Vaccination in the Punjab 1905-1918 - 1905-1918
Year: 1905
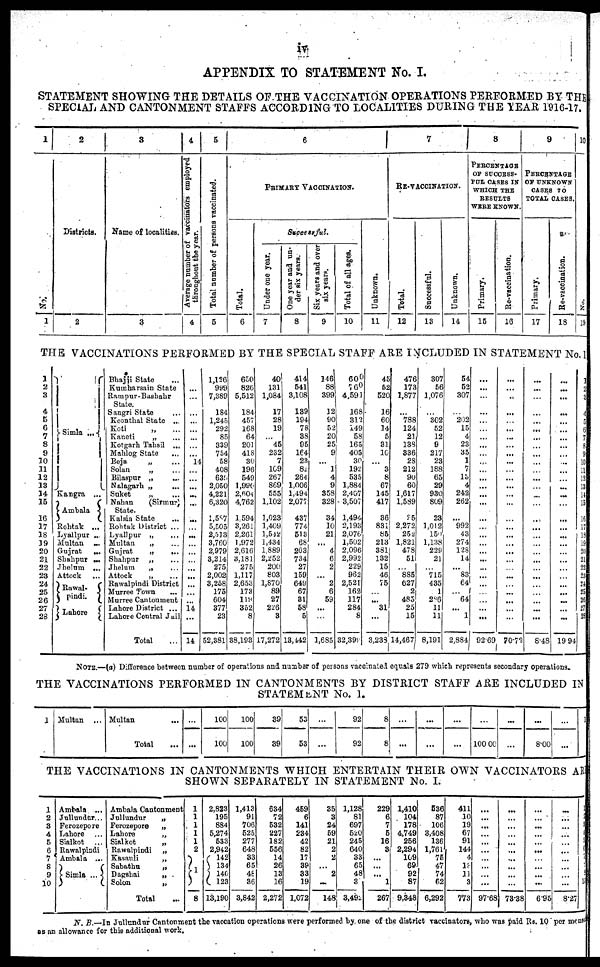
iv
APPENDIX TO STATEMENT No. I.
STATEMENT SHOWING THE DETAILS OF THE VACCINATION OPERATIONS PERFORMED BY THE
SPECIAL AND CANTONMENT STAFFS ACCORDING TO LOCALITIES DURING THE YEAR 1916-17.
1
No.
1
2
Districts.
2
3
Name of localities.
3
4
Average number of vaccinators employed
throughout the year.
4
5
Total number of persons vaccinated.
5
6
PRIMARY VACCINATION.
Total.
6
Successful.
Under one year.
7
One year and un-
der six years.
8
Six years and over
six years.
9
Total of all ages.
10
unknown.
11
7
RE-VACCINATION.
Total.
12
Successful.
13
Unknown.
14
8
PERCENTAGE
OF SUCCESS¬
FUL CASES TO
WHICH THE
RESULTS
WERE KNOWN.
Primary.
15
Re-vaccination.
16
9
PERCENTAGE
OF UNKNOWN
CASES TO
TOTAL CASES.
Primary.
17
Re-vaccination.
18
10
No.
19
THE VACCINATIONS PERFORMED BY THE SPECIAL STAFF ARE INCLUDED IN STATEMENT No.I
1
2
3
4
5
6
7
8
9
10
11
12
13
14
15
16
17
18
19
20
21
22
23
24
25
26
27
28
Simla
...
Kangra ...
Ambala ...
Rohtak ...
Lyallpur ...
Multan ...
Gujrat
...
Shahpur ...
Jhelum ...
Attock
...
Rawal¬
pindi.
Lahore
Bhajji State ...
Kumharsain State ...
Rampur-Bashahr
State.
Sangri State ...
Keonthal State ...
Koti „ ...
Kancti „ ...
Kotgarh Tahsil ...
Mahlog State
Beja „ ...
Solan
„ ...
Bilaspur „
...
Nalagarh „ ...
Suket „ ...
Nahan
(Sirmur)
State.
Kalsia State
...
Rohtak District ...
Lyallpur „ ...
Multan
„ ...
Gujrat
„
...
Shahpur „ ...
Jhelum
„ ...
Attock
„ ...
Rawalpindi District
Murree Town ...
Murree Cantonment
Lahore District ...
Lahore Central Jail
Total ...
...
...
...
...
...
...
...
...
...
14
...
...
...
...
...
...
...
...
...
...
...
...
...
...
...
...
14
...
14
1,126
999
7,389
184
1,245
292
85
339
754
58
408
639
2,050
4,221
6,320
1,587
5,505
2,513
3,760
2,979
3,214
275
2,002
3,258
175
604
377
23
52,381
650
826
5,512
184
457
168
64
201
418
30
196
549
1,990
2,604
4,762
1,594
3,261
2,261
1,972
2,616
3,181
275
1,117
2,653
173
119
352
8
38,193
40
131
1,084
17
28
19
...
45
232
7
109
267
869
555
1,102
1,023
1,409
1,542
1,434
1,889
2,252
200
803
1,870
89
27
226
8
17,272
414
541
3,108
139
194
78
38
95
164
23
82
264
1,006
1,494
2,077
437
774
513
68
203
734
27
159
649
67
31
58
5
13,442
146
88
399
12
90
52
20
25
9
...
1
4
9
358
328
34
10
21
...
4
6
2
...
2
6
59
...
...
1,685
600
760
4,591
168
312
149
58
165
405
30
192
535
1,884
2,407
3,507
1,494
2,193
2,076
1,502
2,096
2,992
229
962
2,521
162
117
284
8
32,399
45
52
520
16
60
14
5
31
10
...
3
8
67
145
417
36
831
85
213
381
132
15
46
75
...
...
31
...
3,238
476
173
1,877
...
788
124
21
138
836
28
212
90
60
1,617
1,589
25
2,272
252
1,821
478
51
885
627
2
485
25
15
14,467
307
56
1,076
...
302
52
12
9
217
23
188
65
29
930
809
23
1,012
150
1,138
229
21
...
715
435
1
286
11
11
8,191
54
52
307
...
202
15
4
23
35
1
7
13
4
242
262
...
992
43
274
128
14
...
83
64
...
64
...
1
2,884
...
...
...
...
...
...
...
...
...
...
...
...
...
...
...
...
...
...
...
...
...
...
...
...
...
...
...
...
92.69
...
...
...
...
...
...
...
...
...
...
...
...
...
...
...
...
...
...
...
...
...
...
...
...
...
...
...
...
70.72
...
...
...
...
...
...
...
...
...
...
...
...
...
...
...
...
...
...
...
...
...
...
...
...
...
...
...
8.48
...
...
...
...
...
...
...
...
...
...
...
...
...
...
...
...
...
...
...
...
...
...
...
...
...
...
...
...
19.94
1
2
3
4
5
6
7
8
9
10
11
12
13
14
15
16
17
18
19
20
21
22
23
24
25
26
27
28
NOTE.—(a) Difference between number of operations and number of persons vaccinated equals 279 which represents secondary operations.
THE VACCINATIONS PERFORMED IN CANTONMENTS BY DISTRICT STAFF ARE INCLUDED IN
STATEMENT No. I.
1 Multan ...
Multan
...
Total ...
...
...
100
100
100
100
39
39
53
63
...
...
92
92
8
8
...
...
...
...
...
...
100.00
...
...
...
8.00
...
...
THE VACCINATIONS IN CANTONMENTS WHICH ENTERTAIN THEIR OWN VACCINATORS ARE
SHOWN SEPARATELY IN STATEMENT No. I.
1
2
3
4
5
6
7
8
9
10
Ambala ...
Jullundur ...
Ferozepore
Lahore ...
Sialkot ...
Rawalpindi
Ambala ...
Simla ...
Ambala Cantonment
Jullundur
„
Ferozepore
„
Lahore
„
Sialkot
„
Rawalpindi „
Kasauli
„
Sabathu
„
Dagshai
„
Solon
„
Total
...
1
1
1
1
1
2
1
8
2,823
195
884
5,274
533
2,942
142
134
140
123
13,190
1,413
91
706
525
277
648
33
65
48
36
3,842
634
72
532
227
182
556
14
26
13
16
2,272
459
6
141
234
42
82
17
89
33
19
1,072
35
3
24
59
21
2
2
...
2
...
148
1,128
81
697
520
245
640
33
65
48
3
3,492
229
6
7
5
16
3
...
...
...
1
267
1,410
104
178
4,749
256
2,294
109
69
92
87
9,348
536
87
106
8,408
136
1,761
75
47
74
62
6,292
411
10
19
67
91
144
4
13
11
3
773
...
...
...
...
...
...
...
...
...
...
97.68
...
...
...
...
...
...
...
...
...
...
73.38
...
...
...
...
...
...
...
...
...
...
6.95
...
...
...
...
...
...
...
...
...
...
8.27
1
2
3
4
5
6
7
8
9
10
N. B.—In Jullundur Cantonment the vaccination operations were performed by one of the district vaccinators, who was paid Rs. 10 per mensem
as an allowance for this additional work.